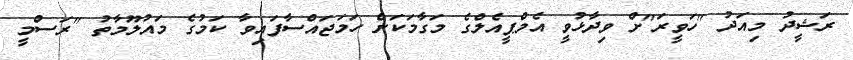
ރަޝީދު މިއަދު "ހަވީރަ"ށް ވިދާޅުވީ އެމްޕީއެލްގެ މަގާމަކަށް ހަމަޖައްސާފައިވާ ކަމުގެ މައުލޫމާތު "ރަސްމީ